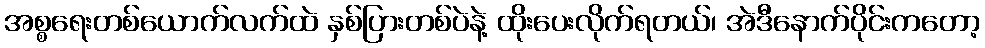
အစ္စရေးတစ်ယောက်လက်ထဲ နှစ်ပြားတစ်ပဲနဲ့ ထိုးပေးလိုက်ရတယ်၊ အဲဒီနောက်ပိုင်းကတော့